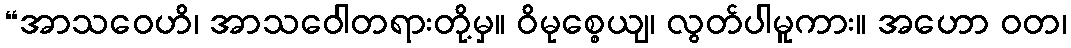
“အာသဝေဟိ၊ အာသဝေါတရားတို့မှ။ ဝိမုစ္စေယျ၊ လွတ်ပါမူကား။ အဟော ဝတ၊